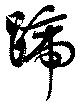
蹄